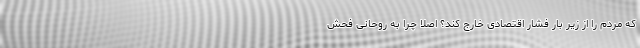
که مردم را از زیر بار فشار اقتصادی خارج کند؟ اصلا چرا به روحانی فحش